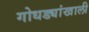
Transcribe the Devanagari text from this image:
गोधड्यांखाली